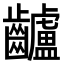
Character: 𪙾